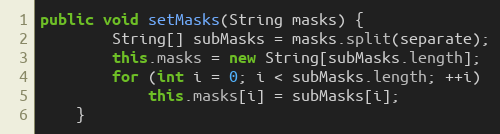
Language: Java
public void setMasks(String masks) {
        String[] subMasks = masks.split(separate);
        this.masks = new String[subMasks.length];
        for (int i = 0; i < subMasks.length; ++i)
            this.masks[i] = subMasks[i];
    }